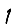
Digit: 1